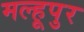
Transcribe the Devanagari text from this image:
मल्हूपुर